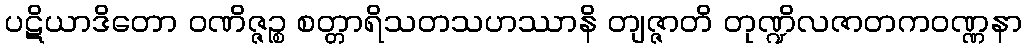
ပဋိယာဒိတော ဝဏိဇ္ဇဉ္စ စတ္တာရိသတသဟဿာနိ တျဇ္ဇာတိ တုဏ္ဍိလဇာတကဝဏ္ဏနာ